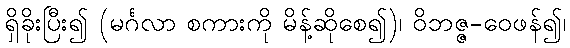
ရှိခိုးပြီး၍ (မင်္ဂလာ စကားကို မိန့်ဆိုစေ၍)၊ ဝိဘဇ္ဇ-ဝေဖန်၍၊